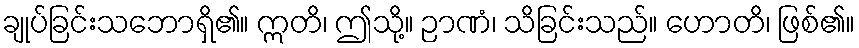
ချုပ်ခြင်းသဘောရှိ၏။ ဣတိ၊ ဤသို့။ ဉာဏံ၊ သိခြင်းသည်။ ဟောတိ၊ ဖြစ်၏။